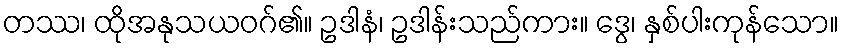
တဿ၊ ထိုအနုသယဝဂ်၏။ ဥဒါနံ၊ ဥဒါန်းသည်ကား။ ဒွေ၊ နှစ်ပါးကုန်သော။